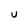
Character: U